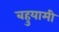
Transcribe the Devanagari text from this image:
बहुयामी